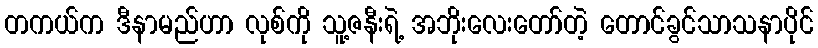
တကယ်က ဒီနာမည်ဟာ လုစ်ကို သူ့ဇနီးရဲ့ အဘိုးလေးတော်တဲ့ တောင်ခွင်သာသနာပိုင်